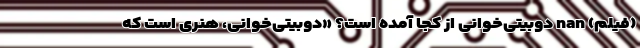
(فیلم) nan دوبیتی‌خوانی از کجا آمده است؟ «دوبیتی‌خوانی، هنری است که